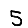
Digit: 5